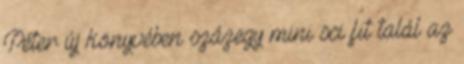
Péter új könyvében százegy mini sci fit talál az